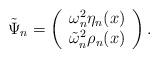
LaTeX: \begin{align*}\tilde{\Psi}_{n}=\left(\begin{array}{cc}\omega_n^2\eta_n(x) \\\tilde{\omega}_n^2 \rho_n(x)\end{array}\right).\end{align*}